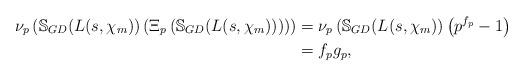
LaTeX: \begin{align*} \nu_p\left( \mathbb{S}_{GD}(L(s,\chi_m))\left(\Xi_p\left( \mathbb{S}_{GD}(L(s,\chi_m)) \right)\right)\right) &= \nu_p\left( \mathbb{S}_{GD}(L(s,\chi_m)\right)\left( p^{f_p} -1\right) \\ &= f_pg_p,\end{align*}